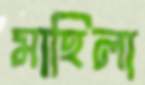
মাহিলা